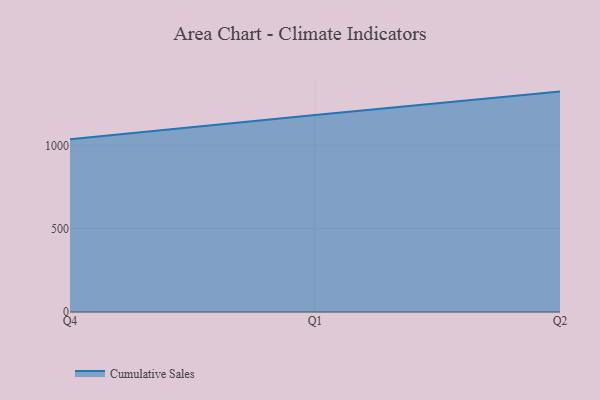
{"axis": {"x": "Quarter", "y": "Customer Acquisition Cost (USD)"}, "legend": ["Cumulative Sales"], "data": [{"x": "Q4", "y": 1036.4, "type": "Cumulative Sales"}, {"x": "Q1", "y": 1182.5, "type": "Cumulative Sales"}, {"x": "Q2", "y": 1322.2, "type": "Cumulative Sales"}]}